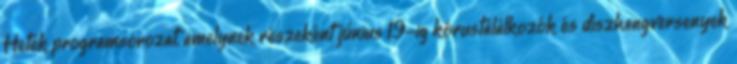
Hetek programsorozat, amelynek részeként június 19-ig kórustalálkozók és díszhangversenyek